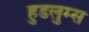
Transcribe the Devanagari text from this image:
हुडलुम्स